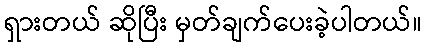
ရှားတယ် ဆိုပြီး မှတ်ချက်ပေးခဲ့ပါတယ်။